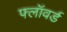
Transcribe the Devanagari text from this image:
फ्लॉवर्ड